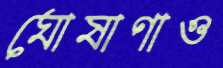
ঘোষাণাও